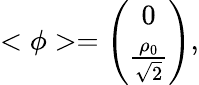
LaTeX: <{\phi}>=\left(\begin{array}{cl}{{0}}\\ {{\frac{\rho_{0}}{\sqrt{2}}}}\end{array}\right),